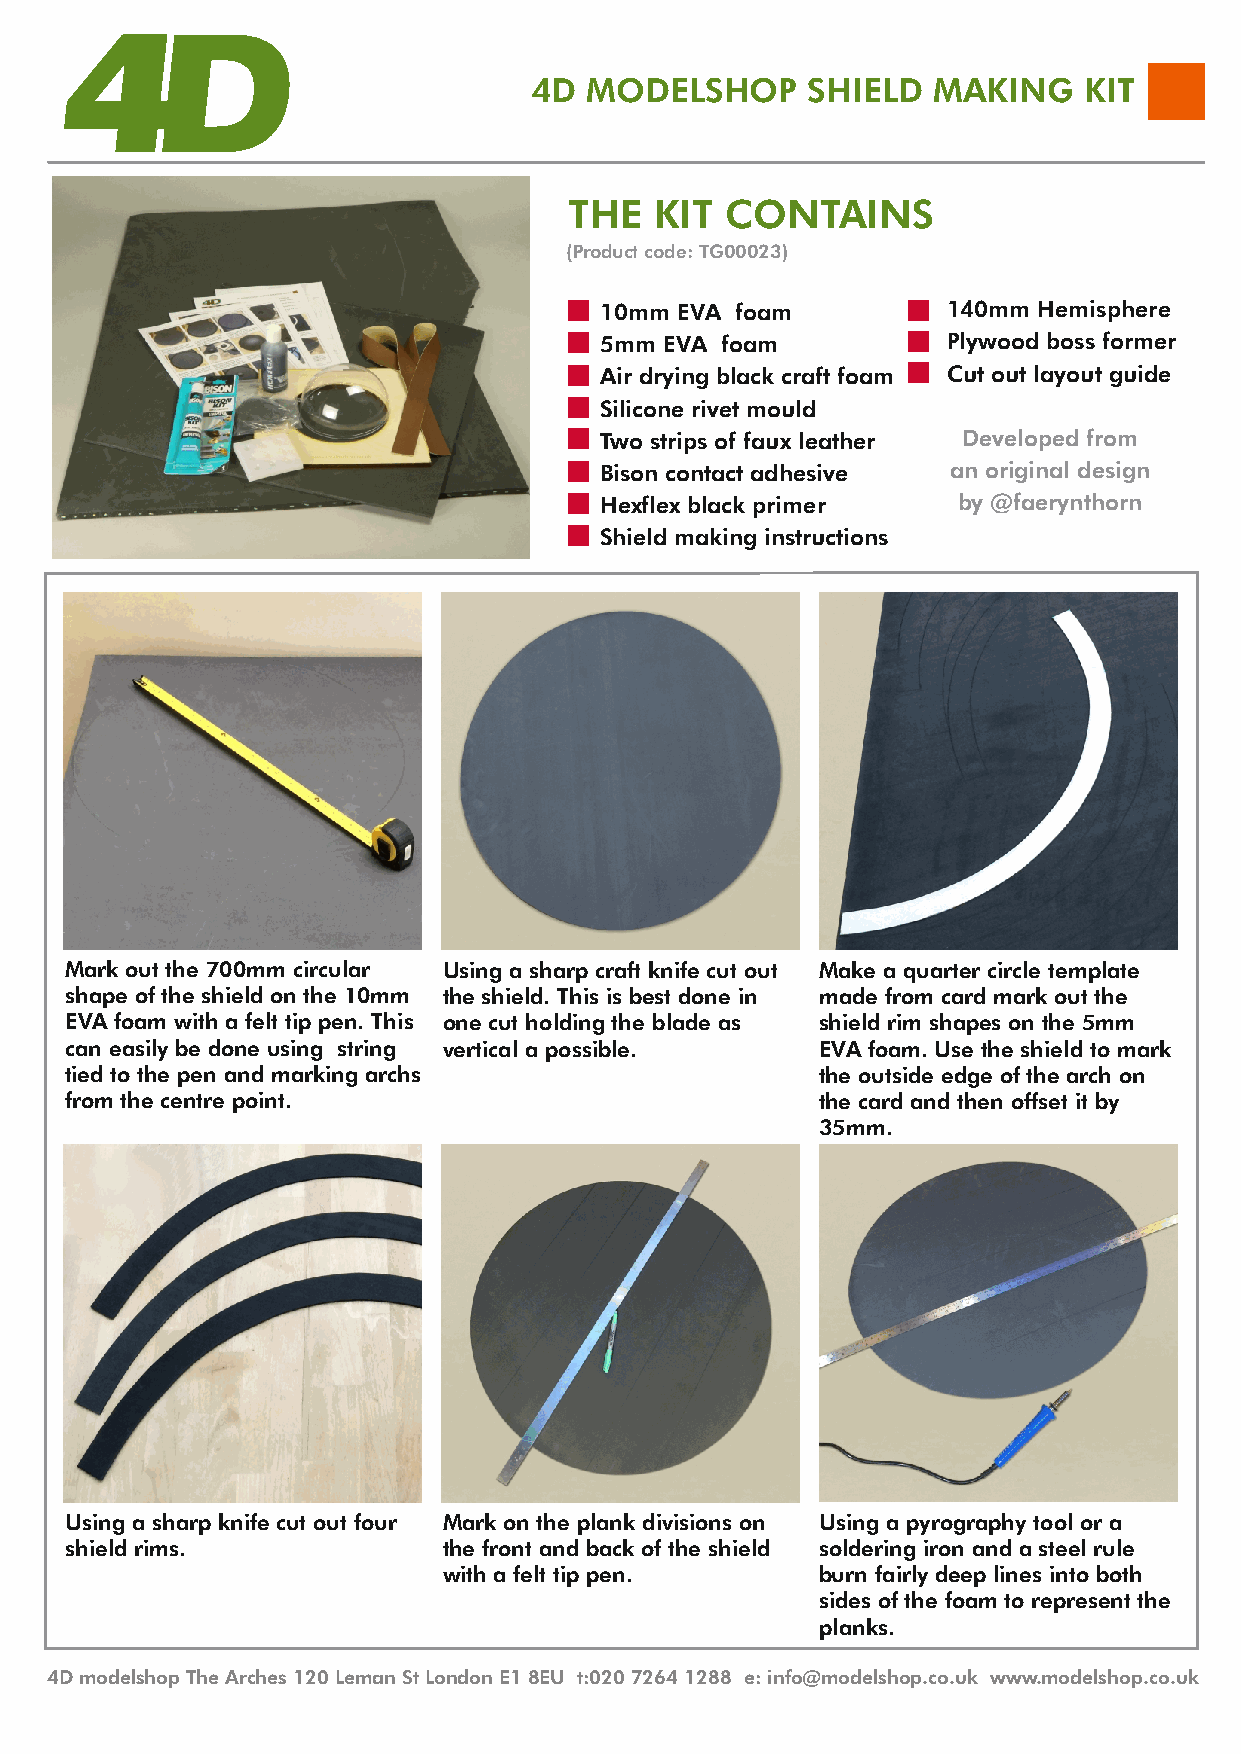
4D  MODELSHOP     SHIELD   MAKING    KIT
 THE  KIT  CONTAINS
 (Product code: TG00023)
 10mm EVA foam          140mm Hemisphere
 5mm EVA foam           Plywood boss former
 Air drying black craft foam Cut out layout guide
 Silicone rivet mould
 Two strips of faux leather Developed from
 Bison contact adhesive an original design
 Hexflex black primer   by @faerynthorn
 Shield making instructions
 Mark out the 700mm circular Using a sharp craft knife cut out Make a quarter circle template
 shape of the shield on the 10mm the shield. This is best done in made from card mark out the
 EVA foam with a felt tip pen. This one cut holding the blade as shield rim shapes on the 5mm
 can easily be done using string vertical a possible. EVA foam. Use the shield to mark
 tied to the pen and marking archs                 the outside edge of the arch on
 from the centre point.                            the card and then offset it by
 35mm.
 Using a sharp knife cut out four Mark on the plank divisions on Using a pyrography tool or a
 shield rims.             the front and back of the shield soldering iron and a steel rule
 with a felt tip pen.     burn fairly deep lines into both
 sides of the foam to represent the
 planks.
 4D modelshop The Arches 120 Leman St London E1 8EU t:020 7264 1288 e: info@modelshop.co.uk www.modelshop.co.uk